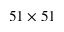
5 1 \times 5 1